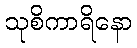
သုစိကာရိနော